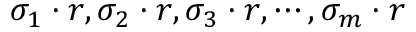
\sigma _ { 1 } \cdot r , \sigma _ { 2 } \cdot r , \sigma _ { 3 } \cdot r , \cdots , \sigma _ { m } \cdot r